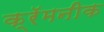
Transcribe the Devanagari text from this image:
क्रॅमनीक